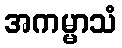
အကမ္မာသံ